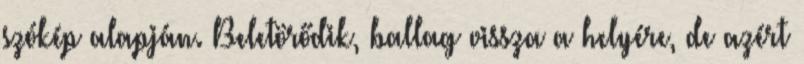
szókép alapján. Beletörődik, ballag vissza a helyére, de azért